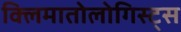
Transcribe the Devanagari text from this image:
क्लिमातोलोगिस्ट्स